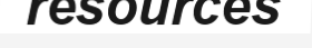
resources